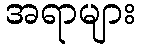
အရာများ